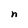
Character: n